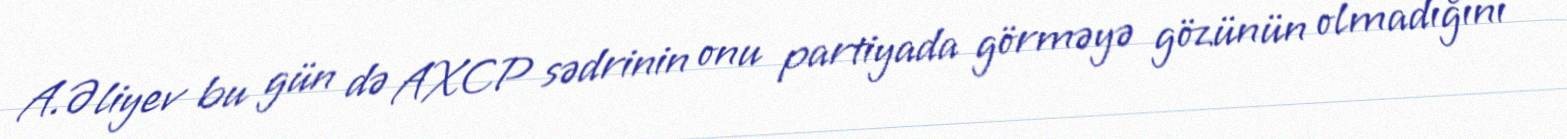
A.Əliyev bu gün də AXCP sədrinin onu partiyada görməyə gözünün olmadığını